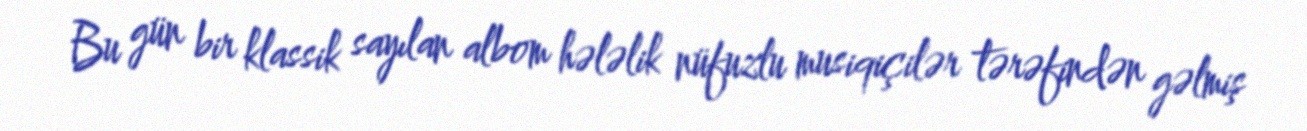
Bu gün bir klassik sayılan albom hələlik nüfuzlu musiqiçilər tərəfindən gəlmiş